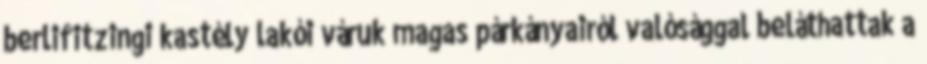
berlifitzingi kastély lakói váruk magas párkányairól valósággal beláthattak a